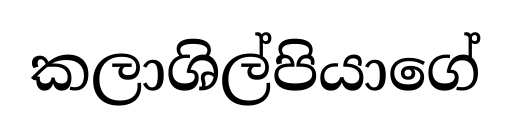
කලාශිල්පියාගේ